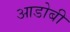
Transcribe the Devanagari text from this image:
आडोबी